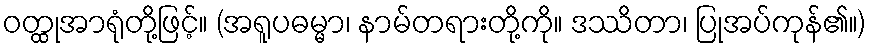
ဝတ္ထုအာရုံတို့ဖြင့်။ (အရူပဓမ္မာ၊ နာမ်တရားတို့ကို။ ဒဿိတာ၊ ပြုအပ်ကုန်၏။)